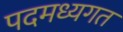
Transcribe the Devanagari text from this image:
पदमध्यगत